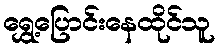
ရွှေ့ပြောင်းနေထိုင်သူ